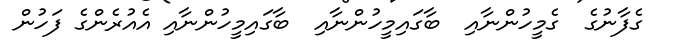
ގެފާނުގެ  ގެމީހުންނާއި  ބާގައިމީހުންނާއި  ބާގައިމީހުންނާއި އެއުރެންގެ ފަހުން